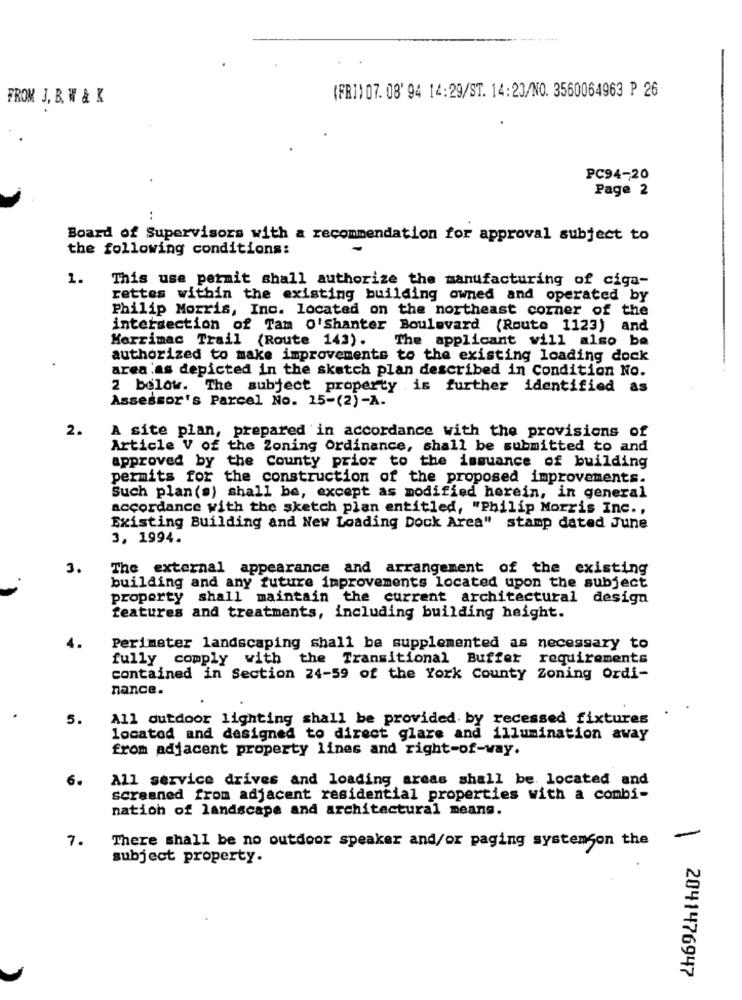
(FRI) 07. 08' 94 14:29/ST. 14:20/NO. 3560064963 P 26
FROM J, B. W & K
PC94-20
Page 2
..
Board of Supervisors with a recommendation for approval subject to
the following conditions:
1.
This use permit shall authorize the manufacturing of ciga-
rettes within the existing building owned and operated by
Philip Morris, Inc. located on the northeast corner of the
intersection of Tam O'Shanter Boulevard (Route 1123) and
Merrimac Trail (Route 143).
The applicant will also be
authorized to make improvements to the existing loading dock
area as depicted in the skatch plan described in Condition No.
2 below. The subject property is further identified as
Assessor's Parcel No. 15-(2)-A.
2.
A site plan, prepared in accordance with the provisions of
Article V of the Zoning Ordinance, shall be submitted to and
approved by the County prior to the issuance of building
permits for the construction of the proposed improvements.
Such plan(s) shall be, except as modified herein, in general
accordance with the sketch plan entitled, "Philip Morris Inc .,
Existing Building and New Loading Dock Area" stamp dated June
3, 1994.
3.
The external appearance and arrangement of the existing
building and any future improvements located upon the subject
property shall maintain the current architectural design
features and treatments, including building height.
Perimeter landscaping shall be supplemented as necessary to
fully comply with the Transitional Buffer requirements
contained in Section 24-59 of the York County Zoning Ordi-
nance.
All outdoor lighting shall be provided by recessed fixtures
located and designed to direct glare and illumination away
from adjacent property lines and right-of-way.
All service drives and loading areas shall be. located and
screened from adjacent residential properties with a combi-
nation of landscape and architectural means.
7.
There shall be no outdoor speaker and/or paging systemgon the
-
subject property.
2041476947